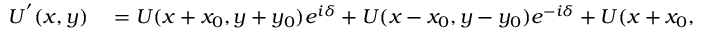
\begin{array} { r l } { U ^ { ^ { \prime } } ( x , y ) } & { { } = U ( x + x _ { 0 } , y + y _ { 0 } ) e ^ { i \delta } + U ( x - x _ { 0 } , y - y _ { 0 } ) e ^ { - i \delta } + U ( x + x _ { 0 } , y - y _ { 0 } ) } \end{array}